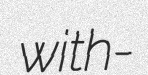
with-